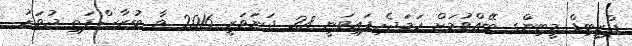
ޕްރީބިޑް މީޓިންގ ބޭއްވުމަށް ހަމަޖެހިފައިވަނީ 28 ޖަނަވަރީ 2016 ވާ ބުރާސްފަތި ދުވަހު